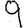
Digit: 9